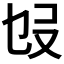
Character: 𠬫